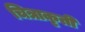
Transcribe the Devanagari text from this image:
चित्राकृती